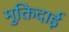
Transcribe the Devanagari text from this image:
मुक्तिदाई